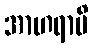
အာဟရာမိ